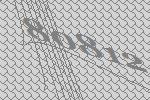
80812